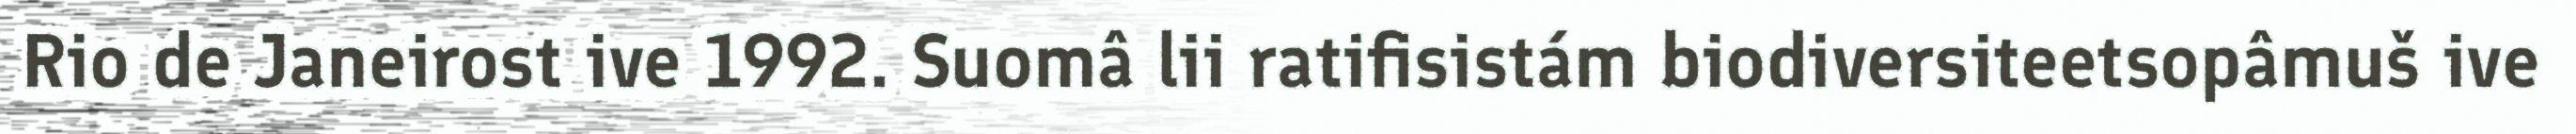
Rio de Janeirost ive 1992. Suomâ lii ratifisistám biodiversiteetsopâmuš ive